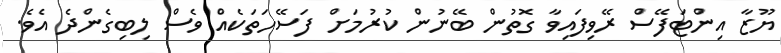
ޔޫޒާ އިންޓަފޭސް ރޭވިފައިވާ ގޮތުން ބޭނުން ކުރުމަށް ފަސޭހަތަކެއް ވެސް ލިބިގެންދެ އެވެ.